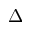
\Delta